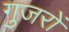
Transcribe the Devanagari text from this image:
गुजरों